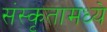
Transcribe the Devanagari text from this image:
संस्कृतामध्ये